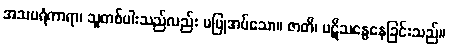
အသပရံကာရာ၊ သူတစ်ပါးသည်လည်း မပြုအပ်သော။ ဇာတိ၊ ပဋိသန္ဓေနေခြင်းသည်။